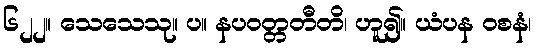
၆၂၂။ သေသေသု။ ပ။ နပဝတ္တတီတိ၊ ဟူ၍။ ယံပန ဝစနံ၊